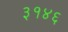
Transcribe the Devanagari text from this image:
३१४६